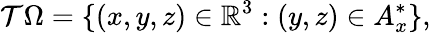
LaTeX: \mathcal T\Omega=\{ (x,y,z)\in\mathbb R^{3}:(y,z)\in A_{x}^{\ast}\} ,